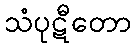
သံပုဋီတော